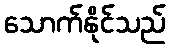
သောက်နိုင်သည်